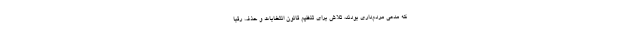
که مدعی مردم‌داری بودند، تلاش برای تنظیم قانون انتخابات و حذف رقبا